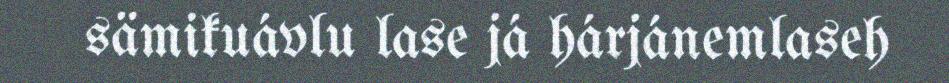
sämikuávlu lase já hárjánemlaseh